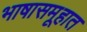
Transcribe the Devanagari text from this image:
भाषासमूहात